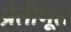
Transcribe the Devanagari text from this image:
प्रेतीभूतं